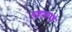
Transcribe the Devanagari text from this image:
सव्वाचारशे